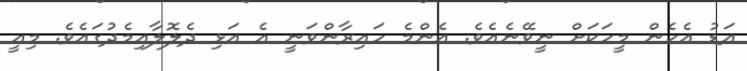
އަޑު އެހެން މީހަކަށް ނީވޭނެއެވެ. އެންމެ ހައިރާންވަނީ އެ އަޅި ދެލޮލާއިމެދުގައެވެ. މިއީ